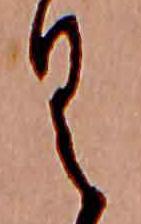
く